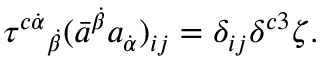
\tau ^ { c \dot { \alpha } } { } _ { \dot { \beta } } ( \bar { a } ^ { \dot { \beta } } a _ { \dot { \alpha } } ) _ { i j } = \delta _ { i j } \delta ^ { c 3 } \zeta .